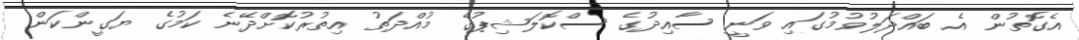
އެގޮތުން އެ ބައްދަލުވުމުގައި ވަނީ ސާއިދުގެ ސްކޮލަޝިޕުގެ މުއްދަތު އިތުރުކޮށްދޭނެ ކަމުގެ ޔަގީންކަން